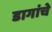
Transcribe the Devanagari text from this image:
डागांचे